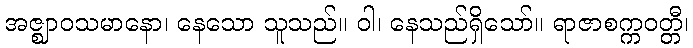
အဇ္ဈာဝသမာနော၊ နေသော သူသည်။ ဝါ၊ နေသည်ရှိသော်။ ရာဇာစက္ကဝတ္တီ၊